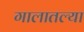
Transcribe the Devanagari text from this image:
गालातल्या